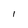
Character: l